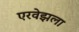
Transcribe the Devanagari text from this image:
एरवेझला